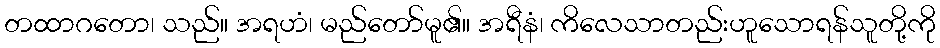
တထာဂတော၊ သည်။ အရဟံ၊ မည်တော်မူ၏။ အရီနံ၊ ကိလေသာတည်းဟူသောရန်သူတို့ကို